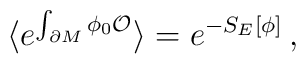
\langle e^{\int_{\partial M} \phi_0 {\cal O}}\rangle = e^{- S_E[\phi]}\,,